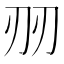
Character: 𱐔